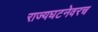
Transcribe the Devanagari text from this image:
राज्यघटनेवरच